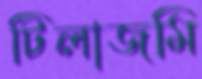
টিলাজমি